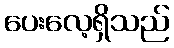
ပေးလေ့ရှိသည်